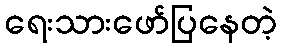
ရေးသားဖော်ပြနေတဲ့